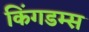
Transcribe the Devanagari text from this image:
किंगडम्स